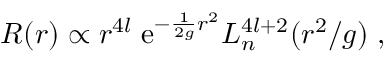
R ( r ) \propto r ^ { 4 l } \; \mathrm { e } ^ { - \frac { 1 } { 2 g } r ^ { 2 } } L _ { n } ^ { 4 l + 2 } ( r ^ { 2 } / g ) \; ,